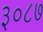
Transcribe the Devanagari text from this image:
३०८७